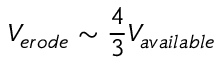
V _ { e r o d e } \sim \frac { 4 } { 3 } V _ { a v a i l a b l e }